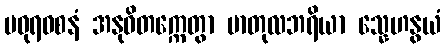
မဓုရဝစနံ အနုဝိတက္ကေတွာ မာတုလဘရိယာ သ္နေဟနွယံ